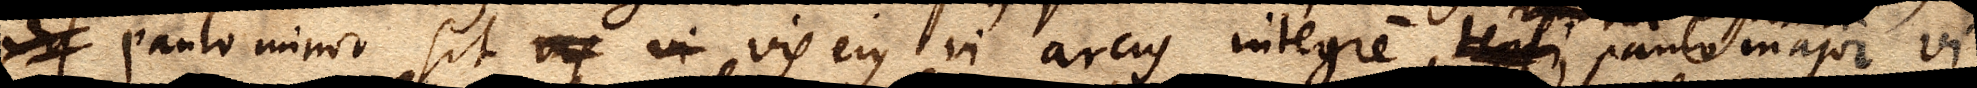
xx paulo minor sit vis vi vis ejus vi arcus integre, paulo major vi